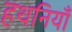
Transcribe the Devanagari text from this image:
हथनियाँ